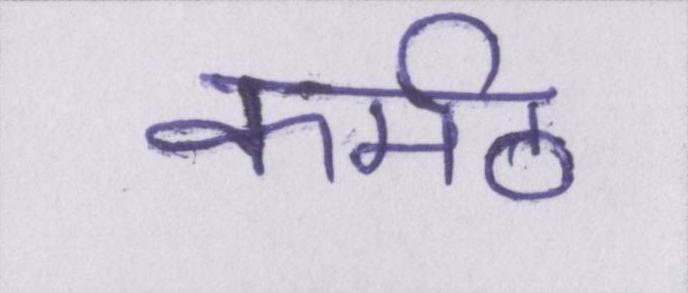
कर्मठ